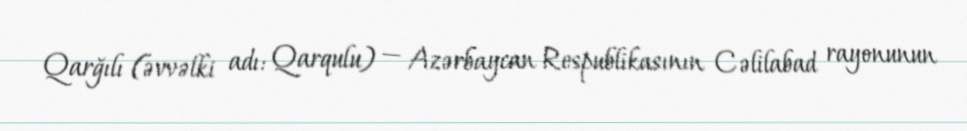
Qarğılı (əvvəlki adı: Qarqulu) — Azərbaycan Respublikasının Cəlilabad rayonunun